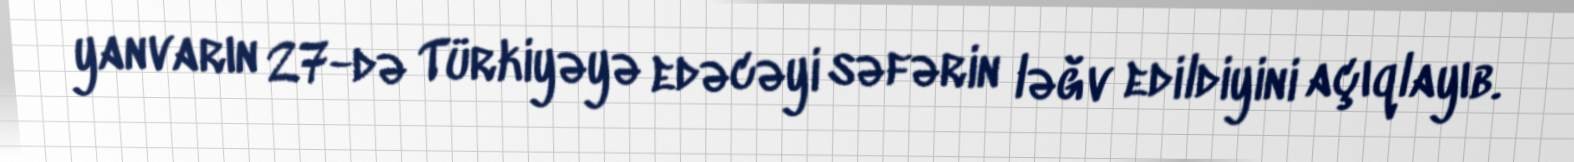
yanvarın 27-də Türkiyəyə edəcəyi səfərin ləğv edildiyini açıqlayıb.